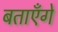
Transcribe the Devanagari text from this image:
बताएँगे